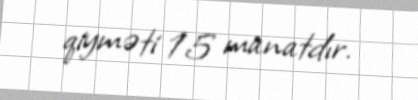
qiyməti 15 manatdır.